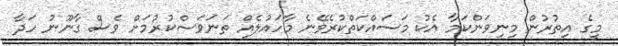
މީގެ އިތުރުން މިނިވަންކަމާ އެކު މަސައްކަތްކުރެވޭނެ މާހައުލެއް ތަނަވަސްކުރުމަށް ވެސް ގާނޫނު ހަދާ